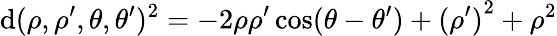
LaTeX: \mathrm{d}(\rho,\rho^{\prime},\theta,\theta^{\prime})^{2}=-2\rho\rho^{\prime}\cos(\theta-\theta^{\prime})+{(\rho^{\prime})}^{2}+\rho^{2}